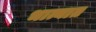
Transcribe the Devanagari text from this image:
भात्यात